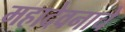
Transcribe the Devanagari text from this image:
महादेवनाचे